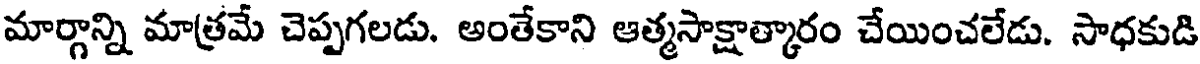
మార్గాన్ని మాత్రమే చెప్పగలడు. అంతేకాని ఆత్మసాక్షాత్కారం చేయించలేడు. సాధకుడి